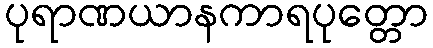
ပုရာဏယာနကာရပုတ္တော